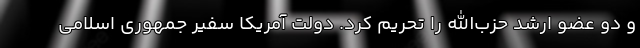
و دو عضو ارشد حزب‌الله را تحریم کرد. دولت آمریکا سفیر جمهوری اسلامی